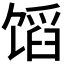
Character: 𬳊